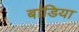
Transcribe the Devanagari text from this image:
बांडिया